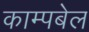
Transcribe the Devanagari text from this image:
काम्पबेल